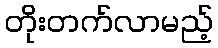
တိုးတက်လာမည့်